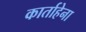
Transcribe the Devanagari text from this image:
कार्ताहेना